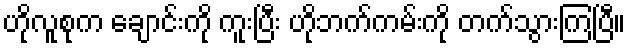
ဟိုလူစုက ချောင်းကို ကူးပြီး ဟိုဘက်ကမ်းကို တက်သွားကြပြီ။